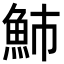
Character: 䰽